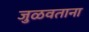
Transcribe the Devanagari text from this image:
जुळवताना